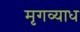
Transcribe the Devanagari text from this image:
मृगव्याध